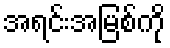
အရင်းအမြစ်ကို